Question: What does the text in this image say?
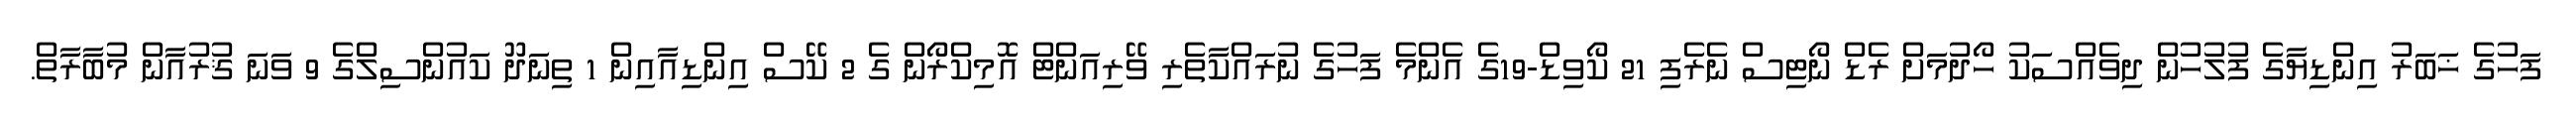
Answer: ފަހުގެ ޚަބަރު އިންޑިޔާގެ ފުލުހުން ދިވެއްސަކު ހޯދުމަށް ރެޑް ނޯޓިސް ނެރެފި 21 ކޯވިޑް-19ގެ އެންމެ ފަހުގެ ނުރައްކާތެރި ވޭރިއަންޓް އޮމިކްރޯން ގެ 2 ކޭސް އިންޑިއާއިން 1 ތިނަދޫ ކައުންސިލްގެ 9 ވަނަ ޤުރުއާން މުބާރާތް.